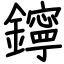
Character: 鑏